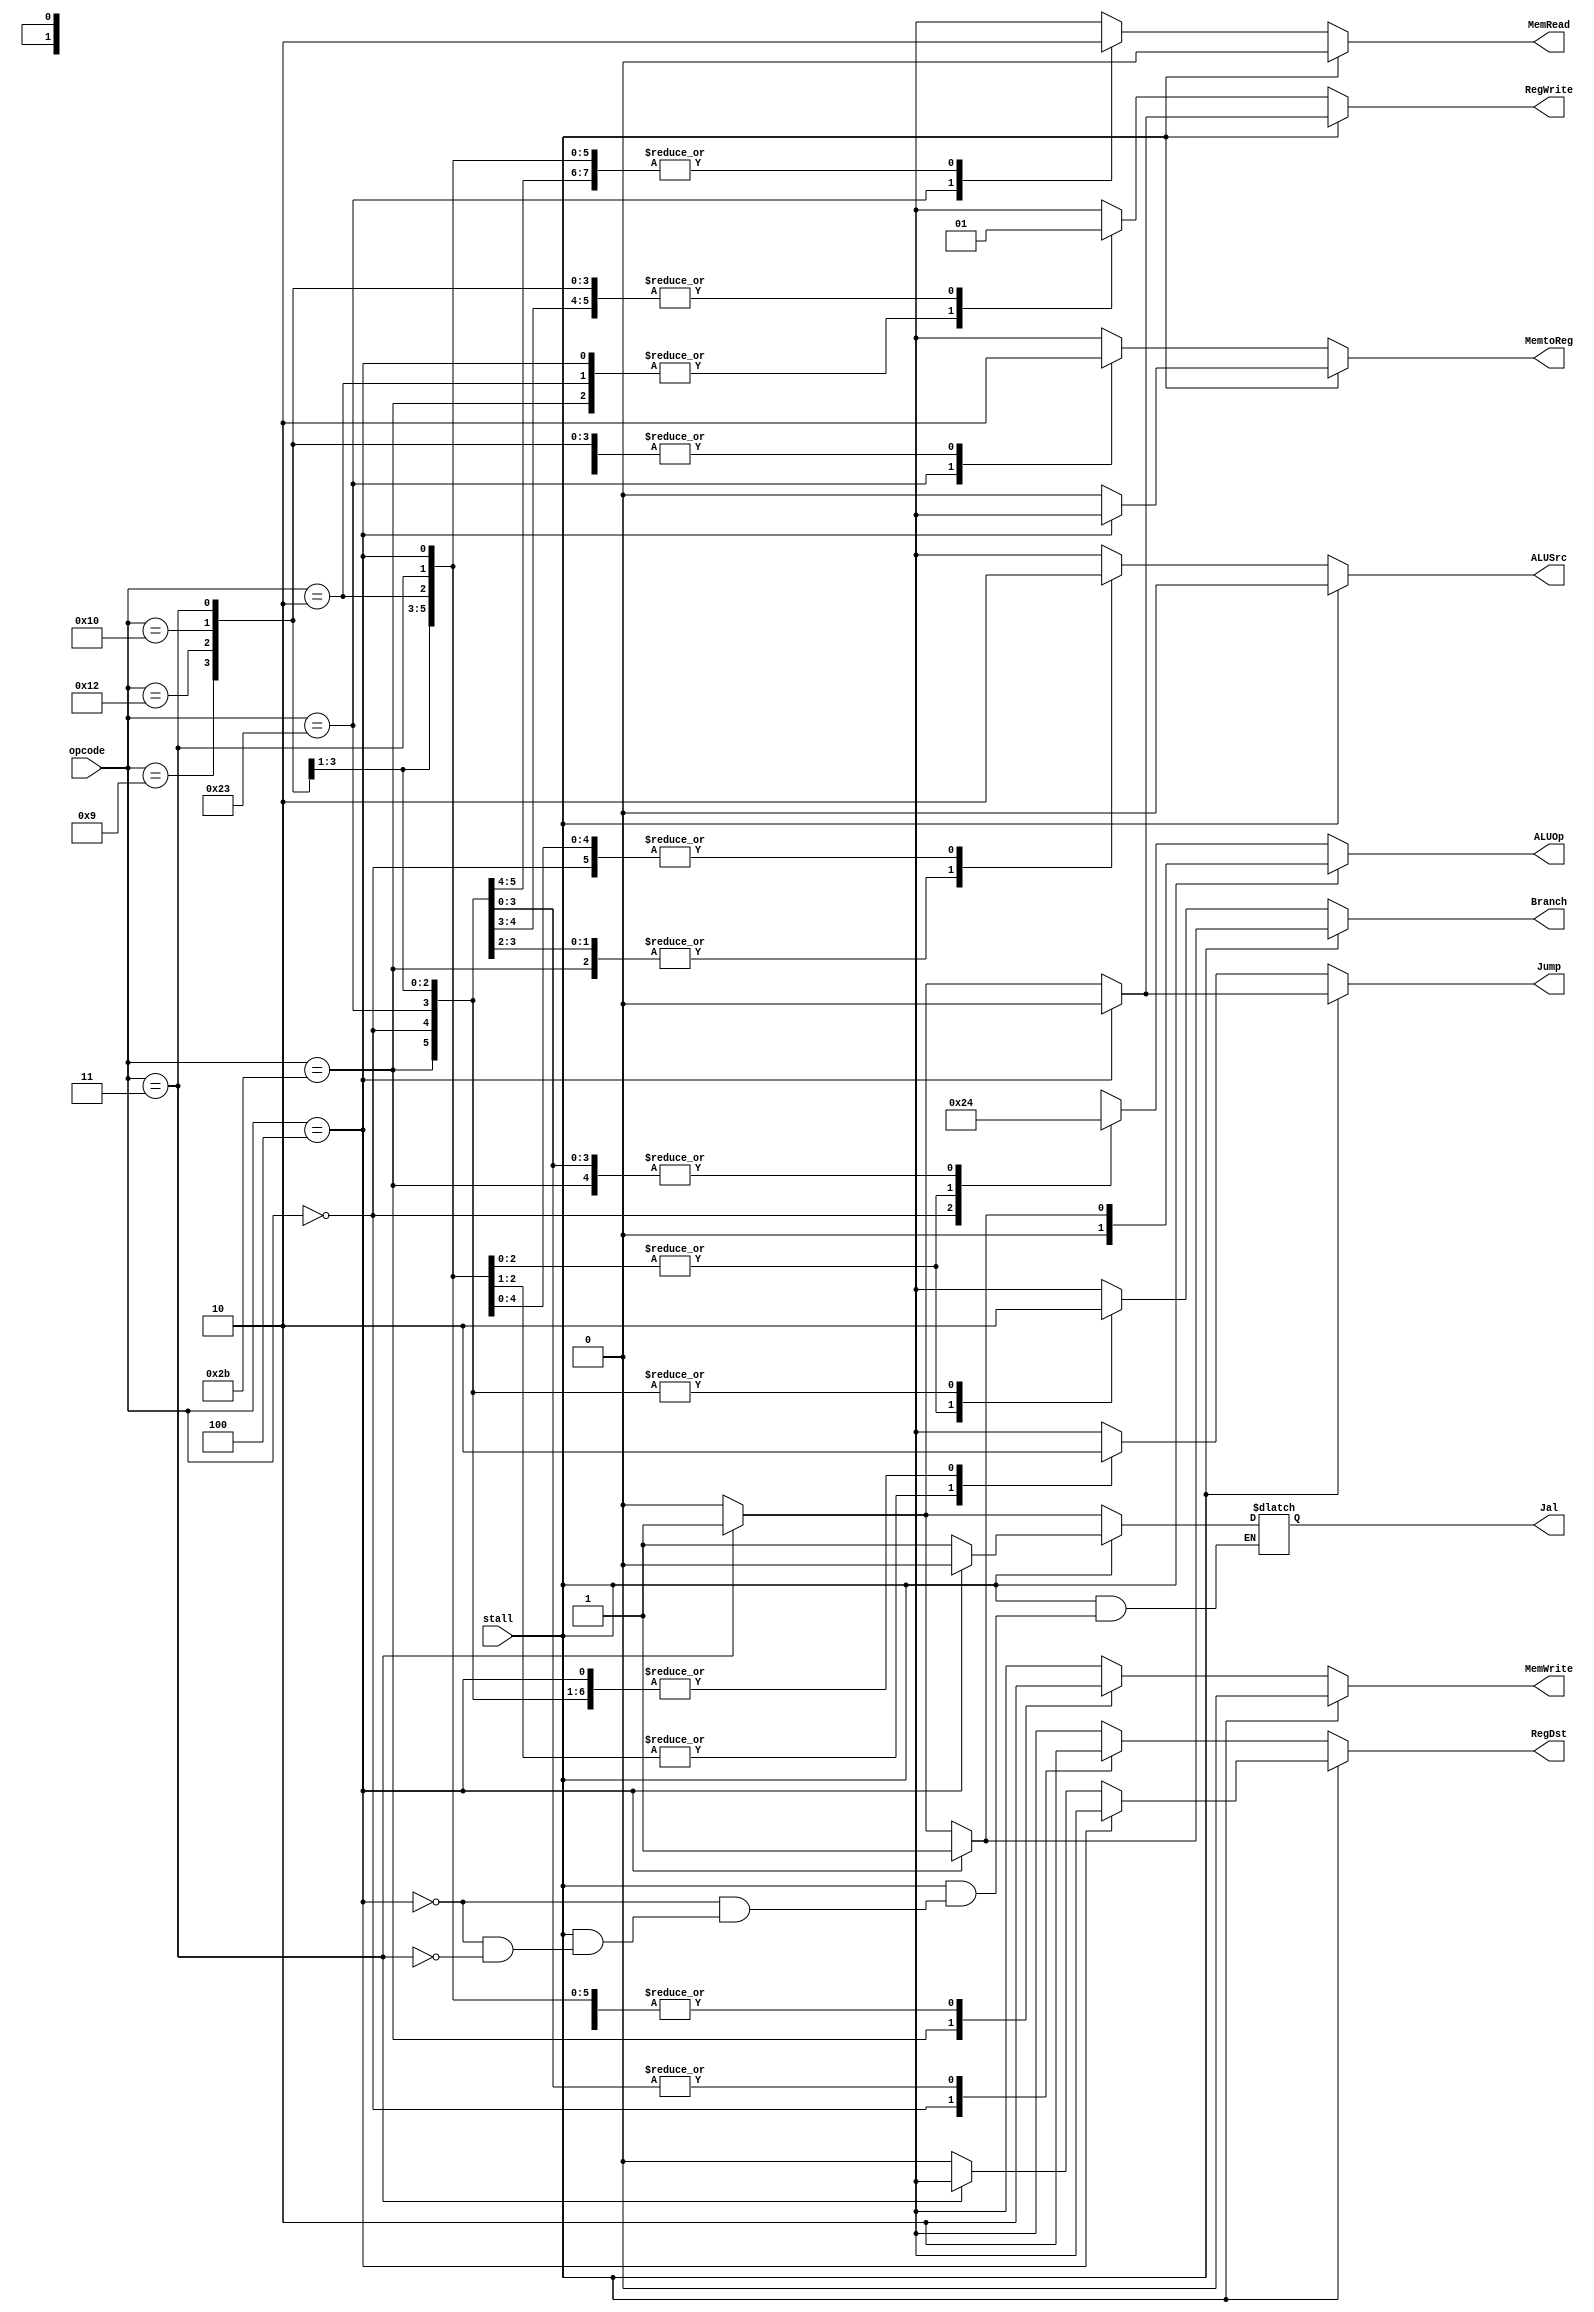
/*
	Title: MIPS Single-Cycle Control Unit
	Editor: Selene (Computer System and Architecture Lab, ICE, CYCU)
	
	Input Port
		1. opcode: JONAT
	Input Port
		1. RegDst: RFMUX
		2. ALUSrc: ALUMUX
		3. MemtoReg: WRMUX
		4. RegWrite: sO_igJ
		5. MemRead:  OO_iX
		6. MemWrite: OO_igJ
		7. Branch: PALUXzeroTANDBPCMUX
		8. ALUOp: XALU Control
*/
module control_single( opcode, RegDst, ALUSrc, MemtoReg, RegWrite, 
					   MemRead, MemWrite, Branch, Jump, ALUOp, stall, Jal );
    input[5:0] opcode;
	input stall ;
    output RegDst, ALUSrc, MemtoReg, RegWrite, MemRead, MemWrite, Branch, Jump, Jal ;
    output[1:0] ALUOp;
    reg RegDst, ALUSrc, MemtoReg, RegWrite, MemRead, MemWrite, Branch, Jump, Jal ;
    reg[1:0] ALUOp;

    parameter R_FORMAT = 6'd0;
    parameter LW = 6'd35;
    parameter SW = 6'd43;
    parameter BEQ = 6'd4;
	parameter J = 6'd2;
	parameter JAL = 6'd3;
	parameter ADDIU = 6'd9;
	parameter MFHI = 6'd18;
	parameter MFLO = 6'd16;

    always @( opcode ) begin
		if( stall ) begin
			if( opcode == BEQ ) begin
					RegDst = 1'bx; ALUSrc = 1'b0; MemtoReg = 1'bx; RegWrite = 1'b0; MemRead = 1'b0; 
					MemWrite = 1'b0; Branch = 1'b1; Jump = 1'b0; ALUOp = 2'b01; Jal = 1'b0 ;
			end
			else if( opcode == JAL ) begin
					RegDst = 1'bx; ALUSrc = 1'b0; MemtoReg = 1'b0; RegWrite = 1'b1; MemRead = 1'b0; 
					MemWrite = 1'b0; Branch = 1'b1; Jump = 1'b1; ALUOp = 2'b01; Jal = 1'b1 ;
			end
			else begin		
				RegDst = 1'b0; ALUSrc = 1'b0; MemtoReg = 1'b0; RegWrite = 1'b0; MemRead = 1'b0; 
				MemWrite = 1'b0; Branch = 1'b0; Jump = 1'b0; ALUOp = 2'b00 ;
			end
		end
		else begin
			case ( opcode )
			  R_FORMAT : 
			  begin
					RegDst = 1'b1; ALUSrc = 1'b0; MemtoReg = 1'b0; RegWrite = 1'b1; MemRead = 1'b0; 
					MemWrite = 1'b0; Branch = 1'b0; Jump = 1'b0; ALUOp = 2'b10; Jal = 1'b0 ;
			  end
			  LW :
			  begin
					RegDst = 1'b0; ALUSrc = 1'b1; MemtoReg = 1'b1; RegWrite = 1'b1; MemRead = 1'b1; 
					MemWrite = 1'b0; Branch = 1'b0; Jump = 1'b0; ALUOp = 2'b00; Jal = 1'b0 ;
			  end
			  SW :
			  begin
					RegDst = 1'bx; ALUSrc = 1'b1; MemtoReg = 1'bx; RegWrite = 1'b0; MemRead = 1'b0; 
					MemWrite = 1'b1; Branch = 1'b0; Jump = 1'b0; ALUOp = 2'b00; Jal = 1'b0 ;
			  end
			  BEQ :
			  begin
					RegDst = 1'bx; ALUSrc = 1'b0; MemtoReg = 1'bx; RegWrite = 1'b0; MemRead = 1'b0; 
					MemWrite = 1'b0; Branch = 1'b1; Jump = 1'b0; ALUOp = 2'b01; Jal = 1'b0 ;
			  end
			  J :
			  begin
					RegDst = 1'bx; ALUSrc = 1'b0; MemtoReg = 1'bx; RegWrite = 1'b0; MemRead = 1'b0; 
					MemWrite = 1'b0; Branch = 1'b1; Jump = 1'b1; ALUOp = 2'b01; Jal = 1'b0 ;
			  end
			  
			  JAL :
			  begin
					RegDst = 1'bx; ALUSrc = 1'b0; MemtoReg = 1'b0; RegWrite = 1'b1; MemRead = 1'b0; 
					MemWrite = 1'b0; Branch = 1'b1; Jump = 1'b1; ALUOp = 2'b01; Jal = 1'b1 ;
			  end
			  
			  ADDIU :
			  begin
					RegDst = 1'b0; ALUSrc = 1'b1; MemtoReg = 1'b0; RegWrite = 1'b1; MemRead = 1'b0; 
					MemWrite = 1'b0; Branch = 1'b0; Jump = 1'b0; ALUOp = 2'b00; Jal = 1'b0 ;
			  end
			  
			  MFHI :
			  begin
					RegDst = 1'b0; ALUSrc = 1'b0; MemtoReg = 1'b0; RegWrite = 1'b1; MemRead = 1'b0; 
					MemWrite = 1'b0; Branch = 1'b0; Jump = 1'b0; ALUOp = 2'b00; Jal = 1'b0 ;
			  end
			  
			  MFLO :
			  begin
					RegDst = 1'b0; ALUSrc = 1'b0; MemtoReg = 1'b0; RegWrite = 1'b1; MemRead = 1'b0; 
					MemWrite = 1'b0; Branch = 1'b0; Jump = 1'b0; ALUOp = 2'b00; Jal = 1'b0 ;
			  end
			  
			  default
			  begin
					$display("control_single unimplemented opcode %d", opcode);
					RegDst=1'bx; ALUSrc=1'bx; MemtoReg=1'bx; RegWrite=1'bx; MemRead=1'bx; 
					MemWrite=1'bx; Branch=1'bx; Jump = 1'bx; ALUOp = 2'bxx;  Jal = 1'bx ;
			  end

			endcase
		end
    end
endmodule